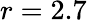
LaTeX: r=2.7